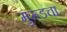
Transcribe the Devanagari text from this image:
मुरूडचा